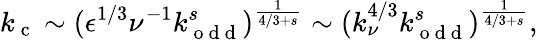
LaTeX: k_{\mathrm{~c~}}\sim(\epsilon^{1/3}\nu^{-1}k_{\mathrm{~o~d~d~}}^{s})^{\frac{1}{4/3+s}}\sim(k_{\nu}^{4/3}k_{\mathrm{~o~d~d~}}^{s})^{\frac{1}{4/3+s}},